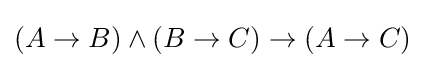
(A\to B)\land (B\to C)\to (A\to C)